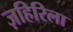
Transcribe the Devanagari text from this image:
ज़हिरिला